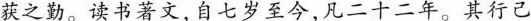
荻之勤。读书著文，自七岁至今。凡二十二年。其行己